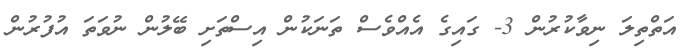
އަތްތިލަ ނިވާކުރުން 3- ގައިގެ އެއްވެސް ތަނަކުން އިސްތަށި ބޭލުން ނުވަތަ އުފުރުން